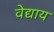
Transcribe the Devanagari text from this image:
वेद्याय